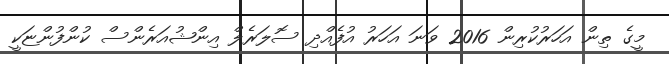
މީގެ ތިން އަހަރުކުރިން 2016 ވަނަ އަހަރު އުފެއްދި ސޮލަރެލް އިންޝުއަރެންސް ކުންފުންޏަކީ